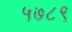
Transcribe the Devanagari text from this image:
५७८९